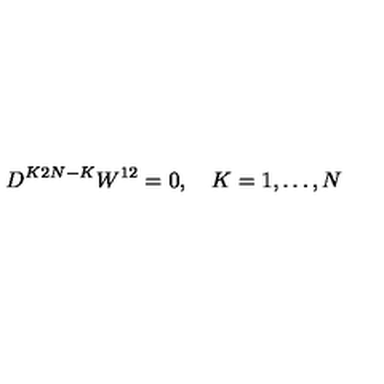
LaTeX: D ^ { K 2 N - K } W ^ { 1 2 } = 0 , \quad K = 1 , \ldots , N